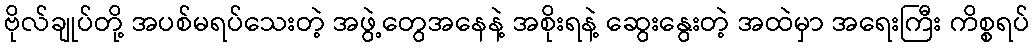
ဗိုလ်ချုပ်တို့ အပစ်မရပ်သေးတဲ့ အဖွဲ့တွေအနေနဲ့ အစိုးရနဲ့ ဆွေးနွေးတဲ့ အထဲမှာ အရေးကြီး ကိစ္စရပ်